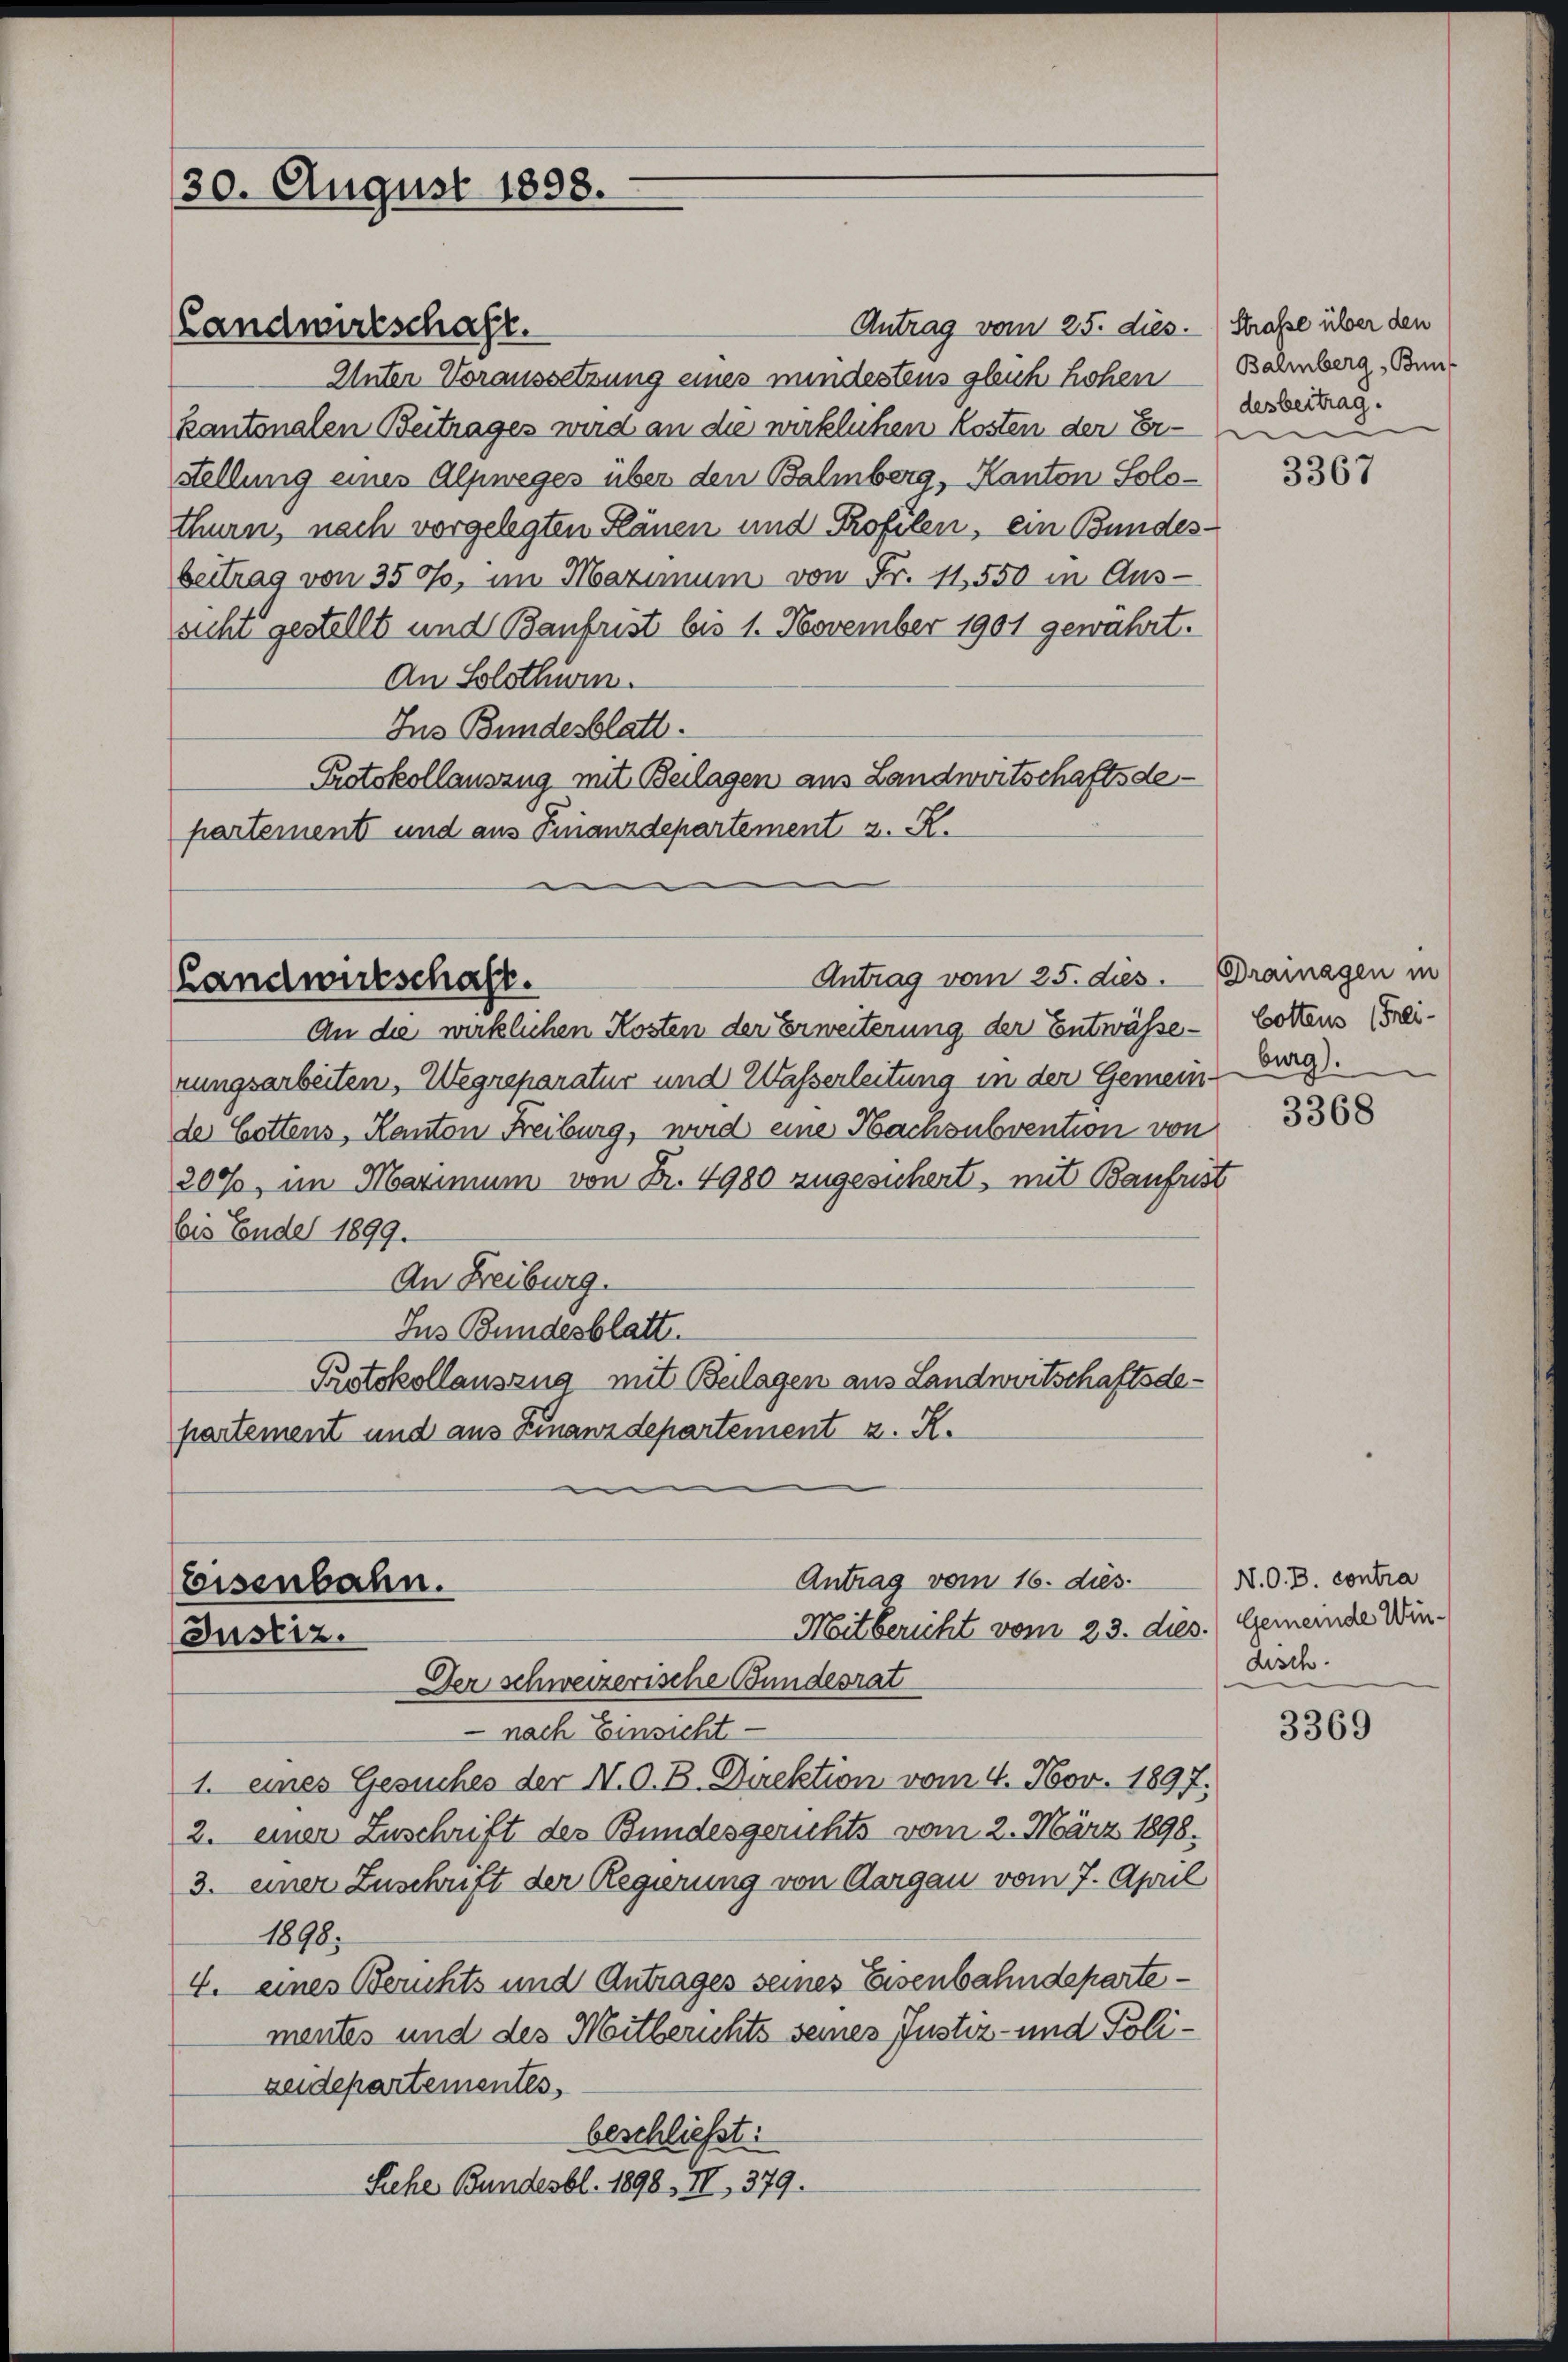
30. August 1898.

Landwirtschaft.
Unter Voraussetzung eines mindestens gleich hohen
kantonalen Beitrages wird an die wirklichen Kosten der Er-
Stellung eines Alpweges über den Balmberg, Kanton Solo-
thurn, nach vorgelegten Plänen und Profilen, ein Bundesbeitrag von 350, im Maximum von Fr. 11550 in Aus-
sicht gestellt und Baufrist bis 1. November 1901 gewährt.
An Solothur.
Jus Bundesblatt.
Protokollauszug mit Beilagen aus Landwirtschaftsde-
partement und aus Finanzdepartement z. R.

Antrag vom 25. dies. Drainagen in
Landwirtschaft.

An die wirklichen Kosten der Erweiterung der Entwässe- Cottens (Freirungsarbeiten, Wegreparatur und Wasserleitung in der Gemein-
de Cottens, Kanton Freiburg, wird eine Hachsubvention von
200, im Maximum von Fr. 4980 zugesichert, mit Baufrist
bis Ende 1899.
An Freiburg.
Jus Bundesblatt.
Protokollauszug mit Beilagen aus Landwirtschaftsdepartement und aus Finanzdepartement z. R.

Antrag vom 25. dies.

Antrag vom 16. dies
Eisenbahn.
Mitbericht vom 23. dies. Gemeinde Win¬
Justiz.
Der schweizerische Bundesrat

nach Einsicht
1. eines Gesuches der N. O. B. Direktion vom 4. Nov. 1897.
2. einer Zuschrift des Bundesgerichts vom 2. März 1898.
3. einer Zuschrift der Regierung von Aargau vom 7. April
1898.
4. eines Berichts und Antrages seines Eisenbahndepartementes und des Mitberichts seines Justiz- und Polizeidepartementes,
beschließt:
Siche Bundesbl. 1898, II, 379.

Straße über den
Balmberg, Bundesbeitrag.
e

3367

burg).

3368

N. O. B. contra
disch

3369